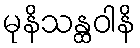
မုနိသန္ထဝါနိ